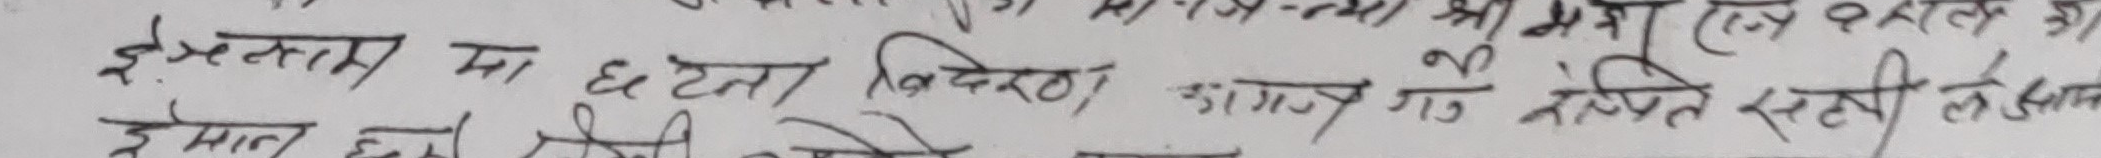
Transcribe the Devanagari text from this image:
इस्ताम मा छैला बिरेल कागजाद संक्षिप्त सही ले आउन